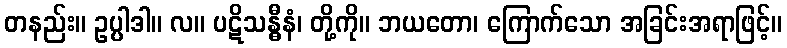
တနည်း။ ဥပ္ပါဒါ။ လ။ ပဋိသန္ဓီနံ၊ တို့ကို။ ဘယတော၊ ကြောက်သော အခြင်းအရာဖြင့်။